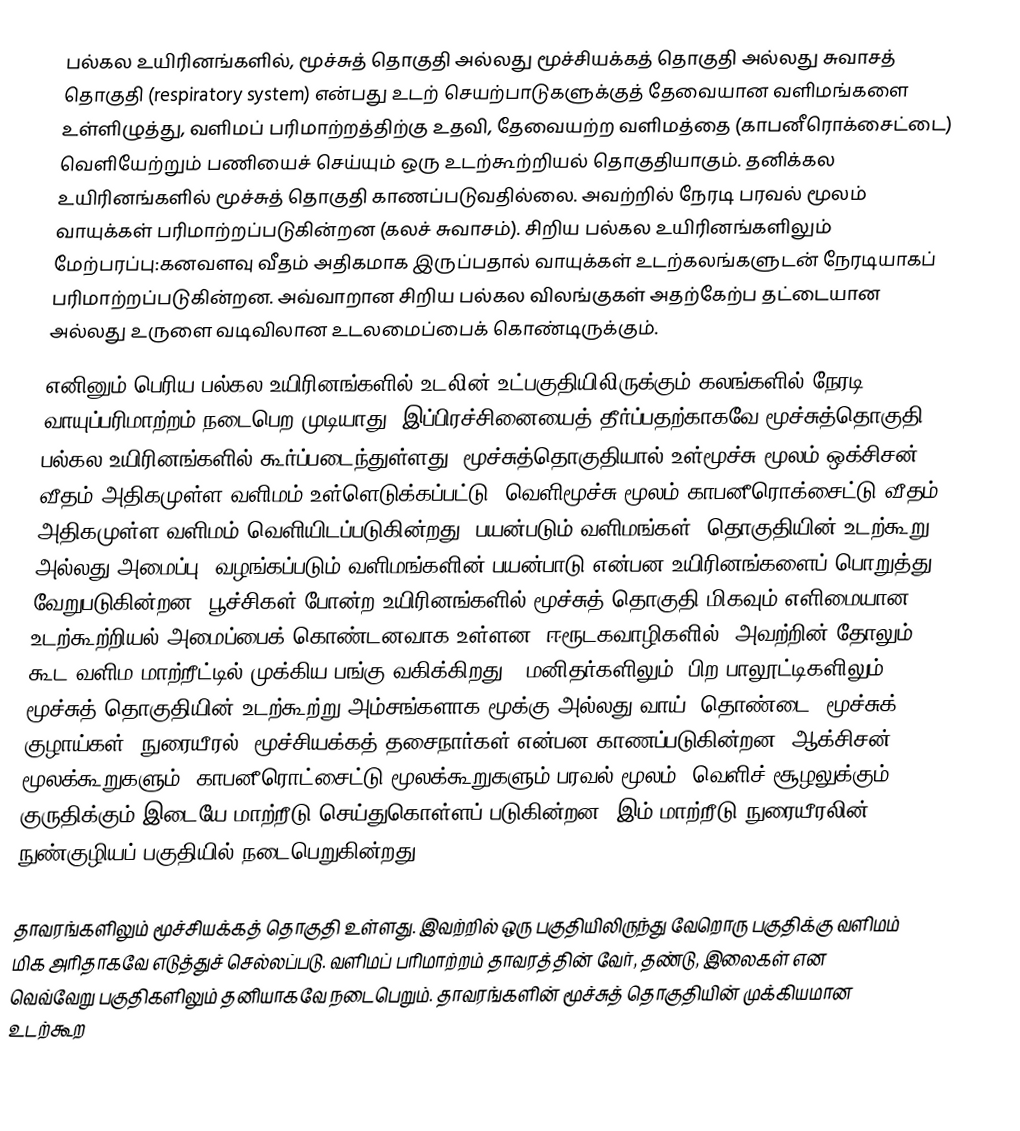
பல்கல உயிரினங்களில், மூச்சுத் தொகுதி அல்லது மூச்சியக்கத் தொகுதி அல்லது சுவாசத் தொகுதி (respiratory system) என்பது உடற் செயற்பாடுகளுக்குத் தேவையான வளிமங்களை உள்ளிழுத்து, வளிமப் பரிமாற்றத்திற்கு உதவி, தேவையற்ற வளிமத்தை (காபனீரொக்சைட்டை) வெளியேற்றும் பணியைச் செய்யும் ஒரு உடற்கூற்றியல் தொகுதியாகும். தனிக்கல உயிரினங்களில் மூச்சுத் தொகுதி காணப்படுவதில்லை. அவற்றில் நேரடி பரவல் மூலம் வாயுக்கள் பரிமாற்றப்படுகின்றன (கலச் சுவாசம்). சிறிய பல்கல உயிரினங்களிலும் மேற்பரப்பு:கனவளவு வீதம் அதிகமாக இருப்பதால் வாயுக்கள் உடற்கலங்களுடன் நேரடியாகப் பரிமாற்றப்படுகின்றன. அவ்வாறான சிறிய பல்கல விலங்குகள் அதற்கேற்ப தட்டையான அல்லது உருளை வடிவிலான உடலமைப்பைக் கொண்டிருக்கும்.
எனினும் பெரிய பல்கல உயிரினங்களில் உடலின் உட்பகுதியிலிருக்கும் கலங்களில் நேரடி வாயுப்பரிமாற்றம் நடைபெற முடியாது. இப்பிரச்சினையைத் தீர்ப்பதற்காகவே மூச்சுத்தொகுதி பல்கல உயிரினங்களில் கூர்ப்படைந்துள்ளது. மூச்சுத்தொகுதியால் உள்மூச்சு மூலம் ஒக்சிசன் வீதம் அதிகமுள்ள வளிமம் உள்ளெடுக்கப்பட்டு, வெளிமூச்சு மூலம் காபனீரொக்சைட்டு வீதம் அதிகமுள்ள வளிமம் வெளியிடப்படுகின்றது. பயன்படும் வளிமங்கள், தொகுதியின் உடற்கூறு அல்லது அமைப்பு, வழங்கப்படும் வளிமங்களின் பயன்பாடு என்பன உயிரினங்களைப் பொறுத்து வேறுபடுகின்றன. பூச்சிகள் போன்ற உயிரினங்களில் மூச்சுத் தொகுதி மிகவும் எளிமையான உடற்கூற்றியல் அமைப்பைக் கொண்டனவாக உள்ளன. ஈரூடகவாழிகளில், அவற்றின் தோலும் கூட வளிம மாற்றீட்டில் முக்கிய பங்கு வகிக்கிறது.. மனிதர்களிலும், பிற பாலூட்டிகளிலும் மூச்சுத் தொகுதியின் உடற்கூற்று அம்சங்களாக மூக்கு அல்லது வாய், தொண்டை, மூச்சுக் குழாய்கள், நுரையீரல், மூச்சியக்கத் தசைநார்கள் என்பன காணப்படுகின்றன. ஆக்சிசன் மூலக்கூறுகளும், காபனீரொட்சைட்டு மூலக்கூறுகளும் பரவல் மூலம், வெளிச் சூழலுக்கும், குருதிக்கும் இடையே மாற்றீடு செய்துகொள்ளப் படுகின்றன. இம் மாற்றீடு நுரையீரலின் நுண்குழியப் பகுதியில் நடைபெறுகின்றது.

தாவரங்களிலும் மூச்சியக்கத் தொகுதி உள்ளது. இவற்றில் ஒரு பகுதியிலிருந்து வேறொரு பகுதிக்கு வளிமம் மிக அரிதாகவே எடுத்துச் செல்லப்படு. வளிமப் பரிமாற்றம் தாவரத்தின் வேர், தண்டு, இலைகள் என வெவ்வேறு பகுதிகளிலும் தனியாகவே நடைபெறும். தாவரங்களின் மூச்சுத் தொகுதியின் முக்கியமான உடற்கூற